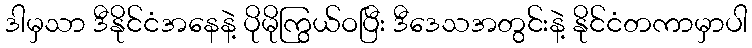
ဒါမှသာ ဒီနိုင်ငံအနေနဲ့ ပိုမိုကြွယ်ဝပြီး ဒီဒေသအတွင်းနဲ့ နိုင်ငံတကာမှာပါ